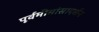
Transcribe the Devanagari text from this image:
पूर्वमीमांसादर्शन